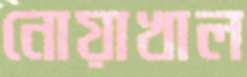
নোয়াখাল